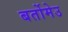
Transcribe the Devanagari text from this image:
बर्तोमेउ